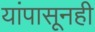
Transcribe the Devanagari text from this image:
यांपासूनही